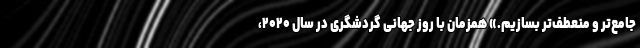
جامع‌تر و منعطف‌تر بسازیم.» همزمان با روز جهانی گردشگری در سال ۲۰۲۰،